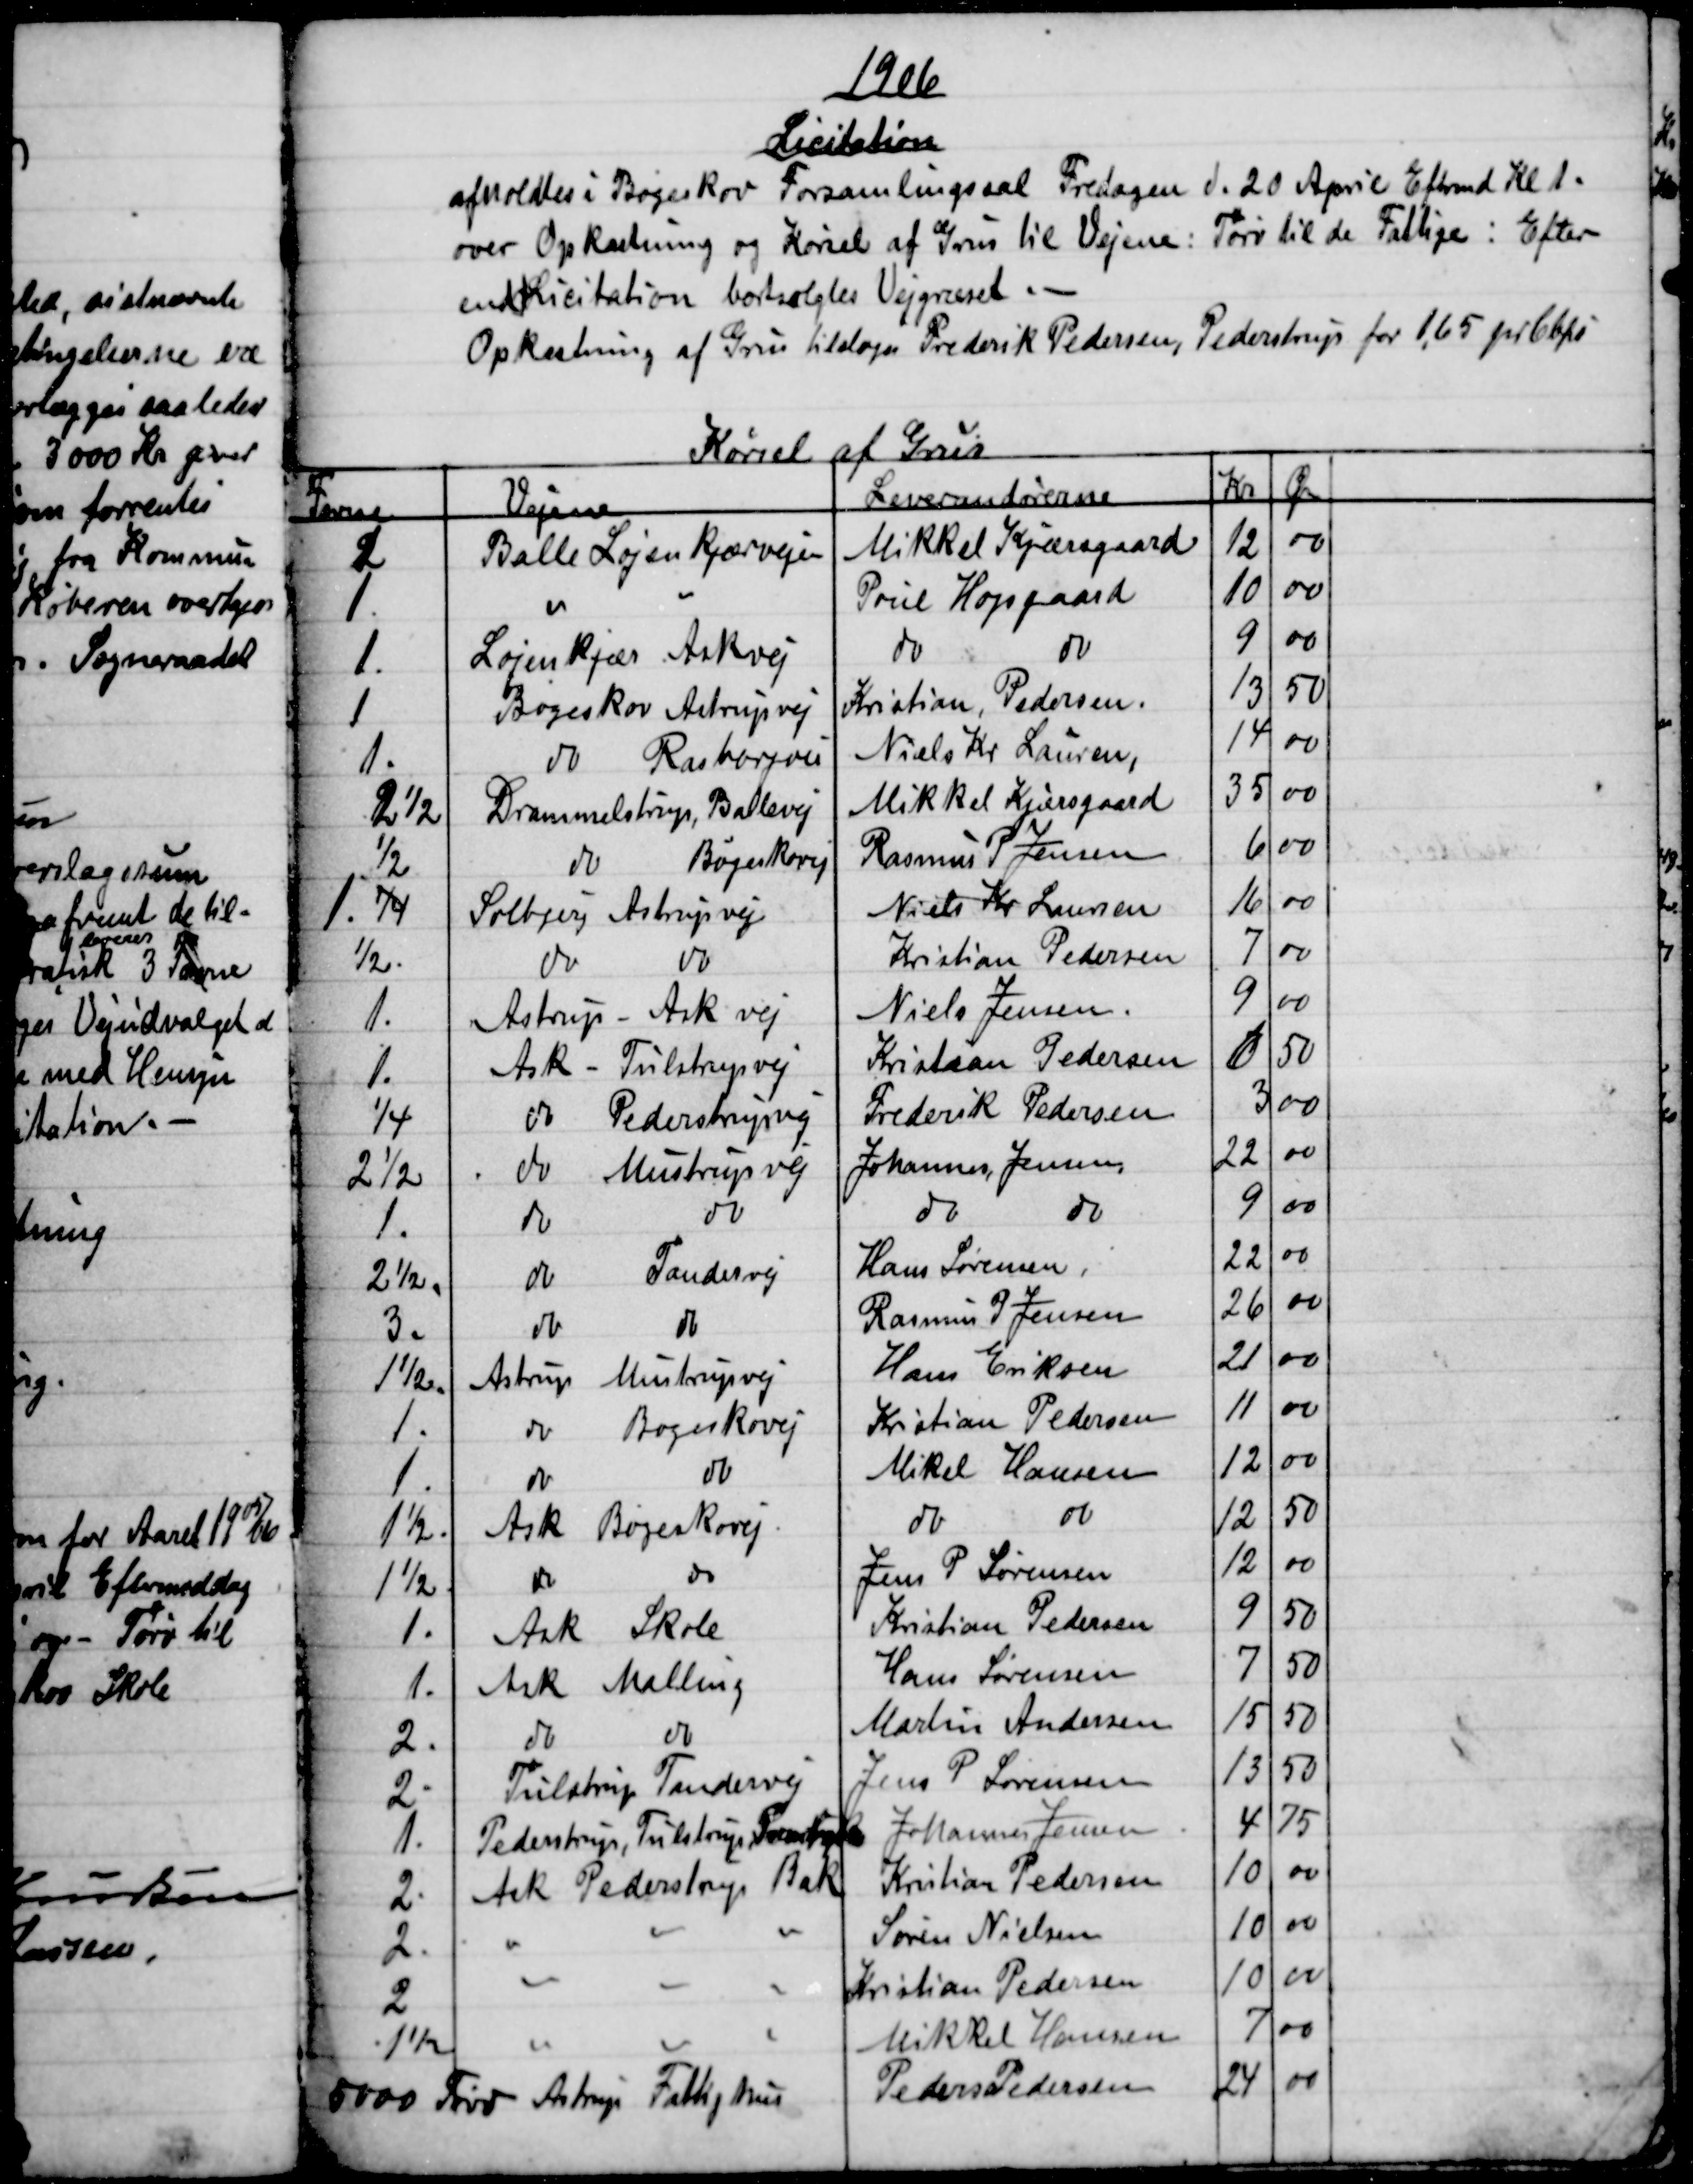
Transskription:
1906
Licitation
afholdtes i Bøgeskov Forsamlingssal Fredagen d. 20 April Eftrmd Kl 1.
over Opkastning og Kørsel af Grus til Vejene: Tørv til de Fattige: Efter
endt Licitation bortsolgtes Vejgruset. -
Opkastning af Grus tilsloges Frederik Pedersen, Pederstrup for 1,65 pr Cbfv
Kørsel af Grus
Favne
Vejene
Leverandørerne
Kr
Øre
1
Balle Løjenkjærvejen
Mikkel Kjærsgaard
12
00
1
Poul Højsgaard
10
00
1
Løjenkjær Askvej
do
do
9
00
1
Bøgeskov Astrupvej
Kristian, Pedersen
13
50
1
do 
Rasborgvei
Niels Kr. Lauren
14
00
2½
Drammelstrup, Ballevej
Mikkel Kjærsgaard
35
00
½
do
Bøgeskovej
Rasmus P. Jensen
6
00
1. ¼
Solbjerg Astrupvej
Niels Kr Laursen
16
00
½
do
do
Kristian Pedersen
7
00
1
Astrup - Ask vej
Niels Jensen
9
00
1
Ask - Tulstrupvej
Kristian Pedersen
6
50
¼
do 
Pederstrupvej
Frederik Pedersen
3
00
2½
do Mustrupvej
Johannes Jensen
22
00
1
do
do
do
do
9
00
2½
do
Tandervej
Hans Sørensen
22
00
3
do
do
Rasmus P Jensen
26
00
1½
Astrup Mustrupvej
Hans Eriksen
21
00
1
do
Bogeskovej
Kristian Pedersen
11
00
1
do
do
Mikel Hansen
12
00
1½
Ask Bøgeskovej
do
do
12
50
1½
do
do
Jens P Sørensen
12
00
1
Ask Skole
Kristian Pedersen
9
50
1
Ask Malling
Hans Sørensen
7
50
2
do
do
Martin Andersen
15
50
2
Tulstrup Tandervej
Jens P Sørensen
13
50
1
Pederstrup, Tulstrup, Tvenstrup
Johannes Jensen
4
75
2
Ask Pederstrup Bak
Kristian Pedersen
10
00
2
Søren Nielsen
10
00
2
Kristian Pedersen
10
00
1½
Mikkel Hansen
7
00
5000 Tørv
Astrup Fattighus
PedersPedersen
24
00